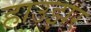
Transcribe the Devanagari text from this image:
हाउझर